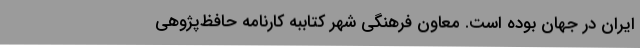
ایران در جهان بوده است. معاون فرهنگی شهر کتاببه کارنامه‌ حافظ‌پژوهی